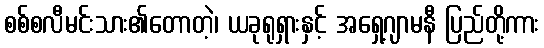
စစ်စလီမင်းသား၏တောတဲ့၊ ယခုရုရှားနှင့် အရှေ့ဂျာမနီ ပြည်တို့ကား